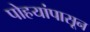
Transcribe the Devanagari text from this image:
पोहयांपासून